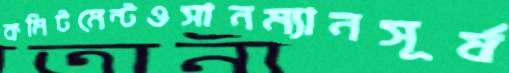
কমিটমেন্টওসানম্যানসূর্য